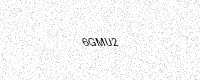
Text: 6GMU2